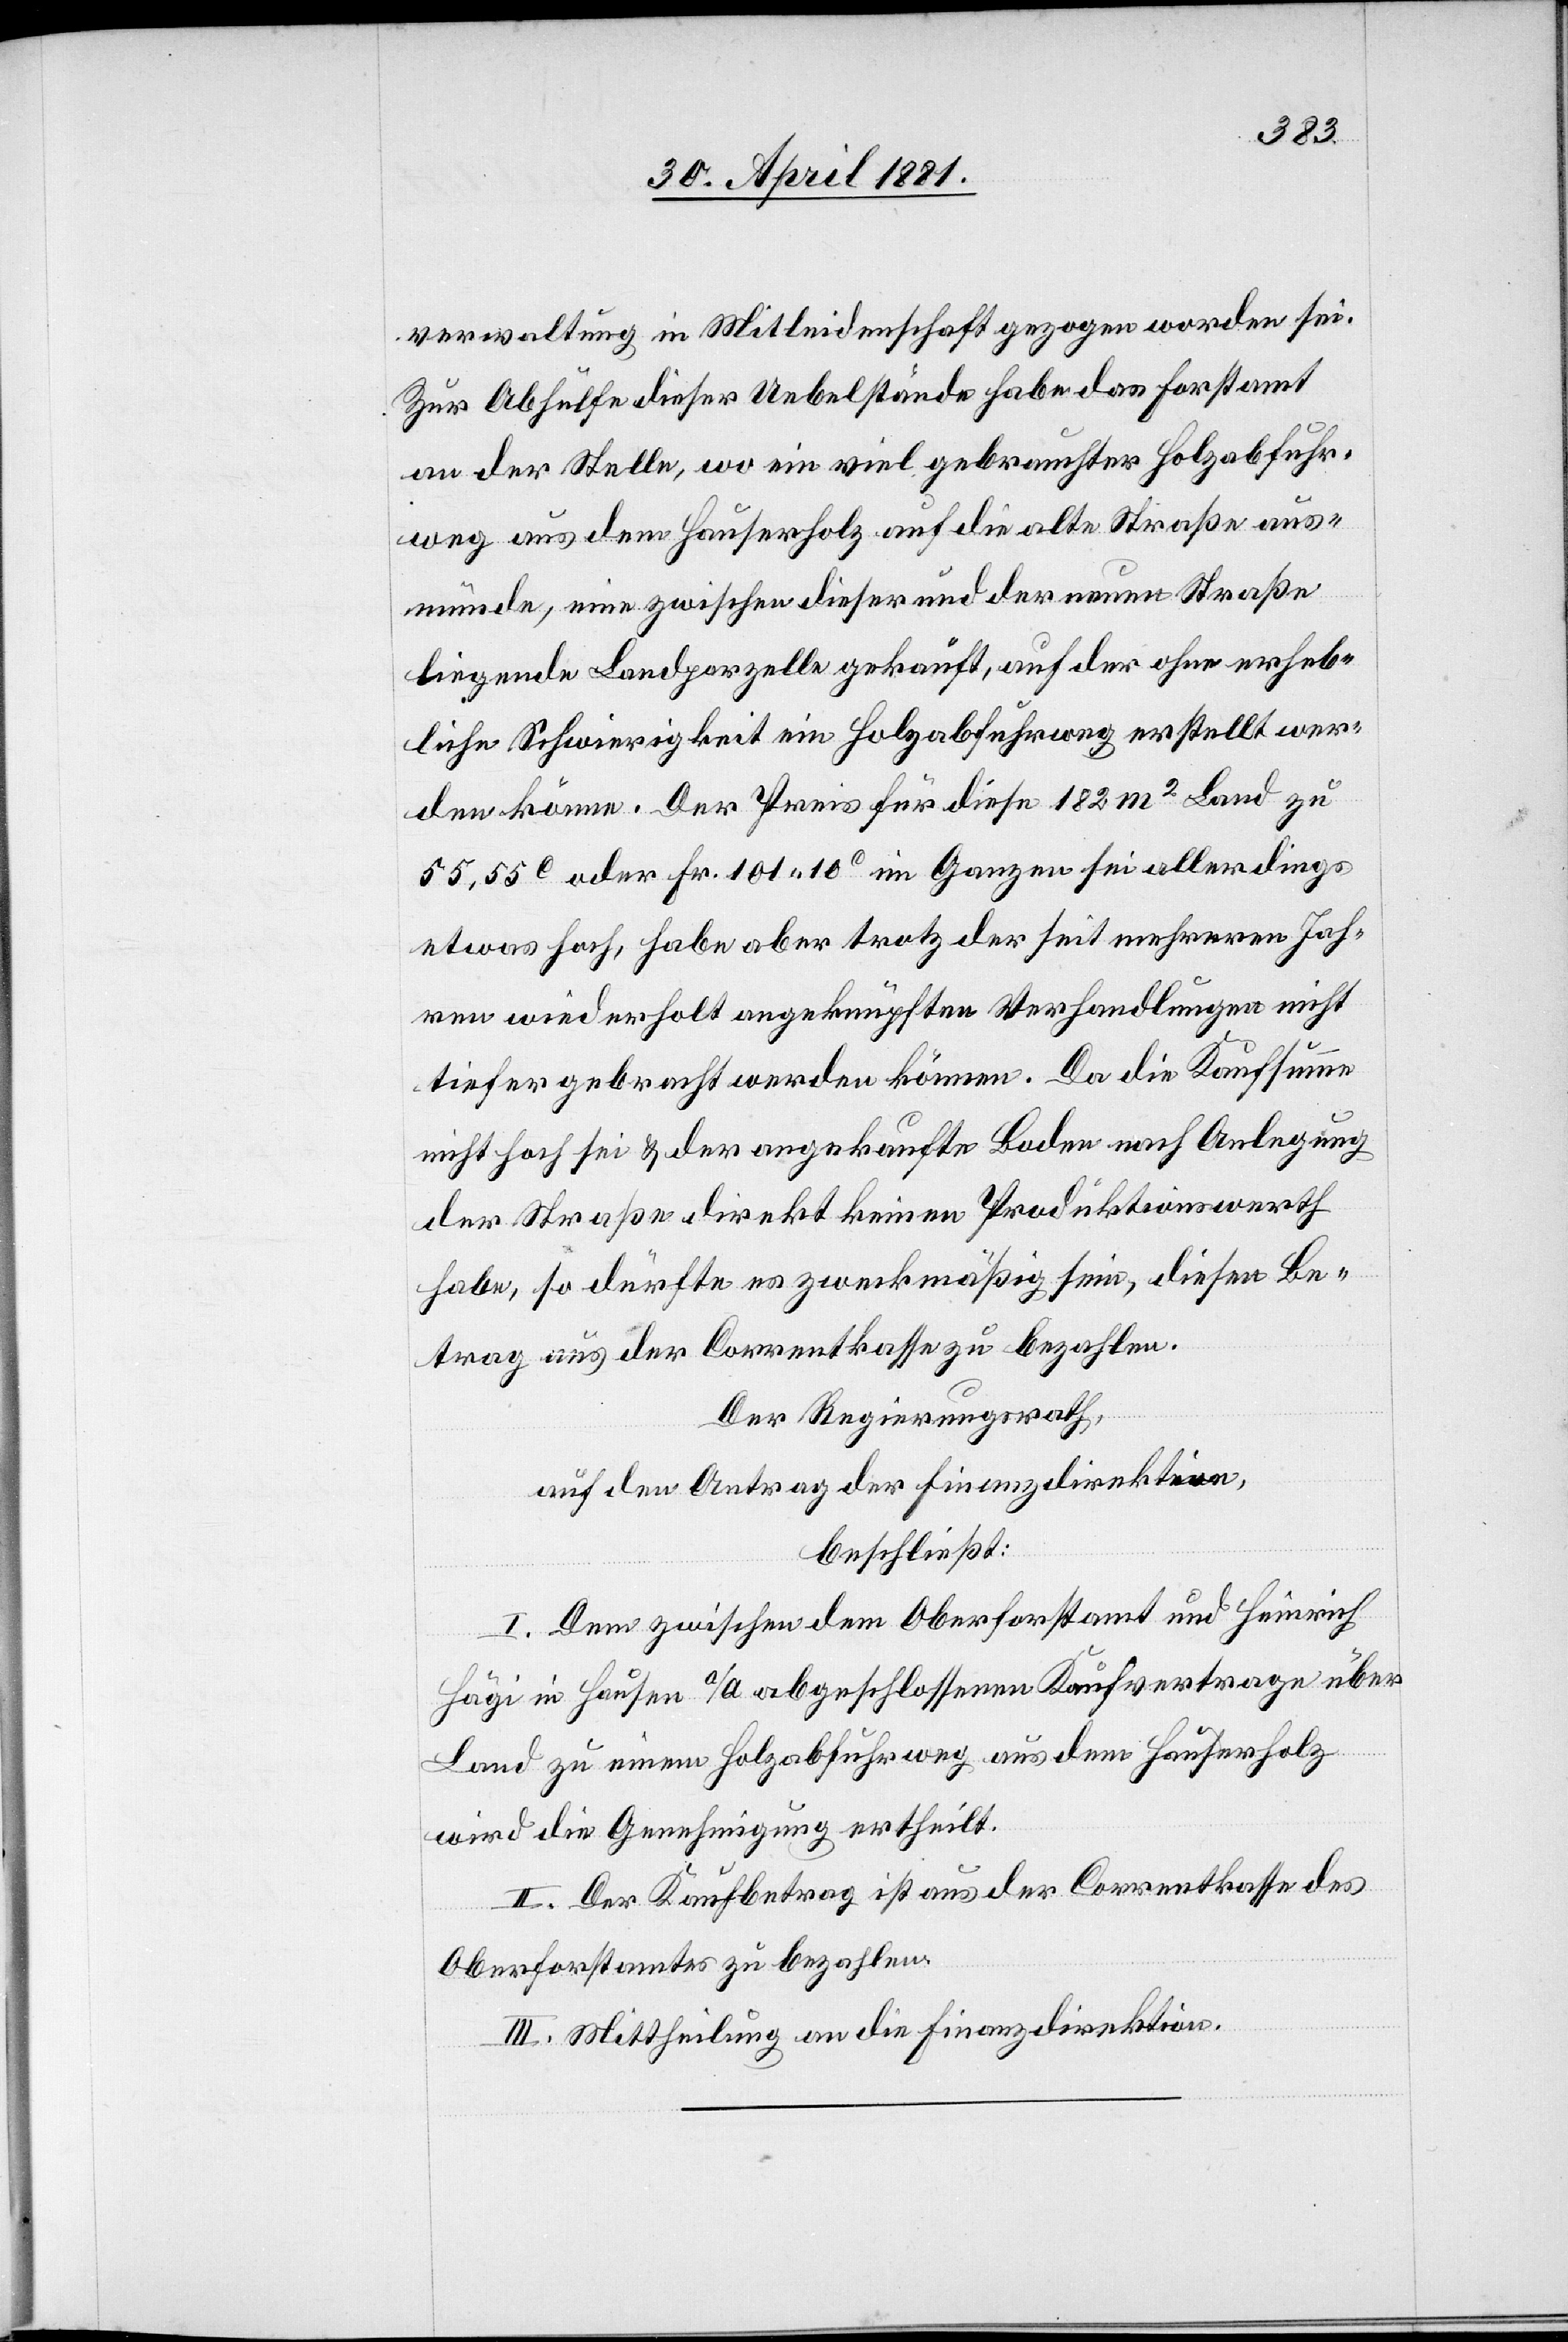
verwaltung in Mitleidenschaft gezogen worden sei.
Zur Abhülfe dieser Uebelstände habe das Forstamt
an der Stelle, wo ein viel gebrauchter Holzabfuhr¬
weg aus dem Hauserholz auf die alte Straße aus¬
münde, eine zwischen dieser und der neuen Straße
liegende Landparzelle gekauft, auf der ohne erheb¬
liche Schwierigkeiten ein Holzabfuhrweg erstellt wer¬
den könne. Der Preis für diese 182 m2 Land zu
55,55C oder Fr. 101. 10C im Ganzen sei allerdings
etwas hoch, habe aber trotz der seit mehreren Jah¬
ren wiederholt angeknüpften Verhandlungen nicht
tiefer gebracht werden können. Da die Kaufsumme
nicht hoch sei & der angekaufte Boden nach Anlegung
der Straße direkt keinen Produktionswerth
habe, so dürfte es zweckmäßig sein, diesen Be¬
trag aus der Correntkasse zu bezahlen.
Der Regierungsrath,
auf den Antrag der Finanzdirektion,
beschließt:
I. Dem zwischen dem Oberforstamt und Heinrich
Hägi in Hausen a/A. abgeschlossenen Kaufvertrage über
Land zu einem Holzabfuhrweg aus dem Hauserholz
wird die Genehmigung ertheilt.
II. Der Kaufbetrag ist aus der Correntkasse des
Oberforstamtes zu bezahlen.
III. Mittheilung an die Finanzdirektion.